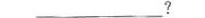
___？